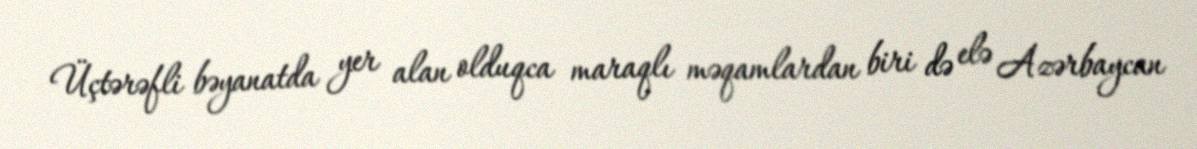
Üçtərəfli bəyanatda yer alan olduqca maraqlı məqamlardan biri də elə Azərbaycan